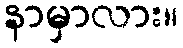
နာမှာလား။